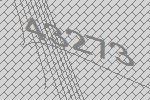
43273